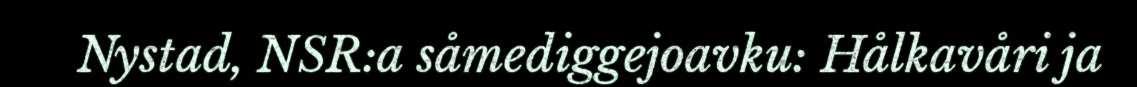
Nystad, NSR:a såmediggejoavku: Hålkavåri ja